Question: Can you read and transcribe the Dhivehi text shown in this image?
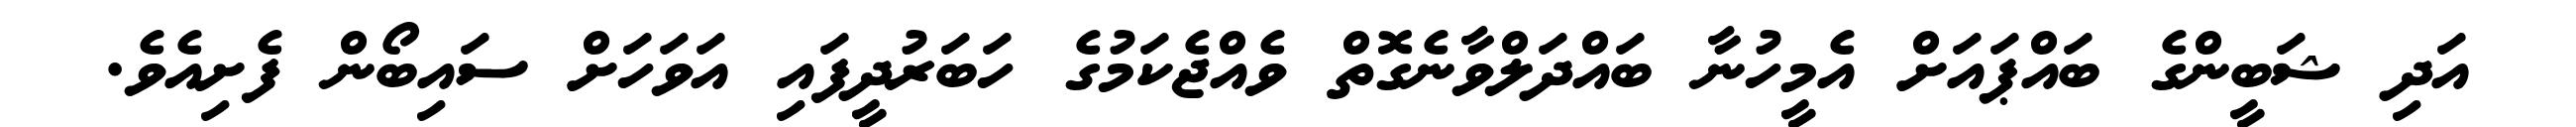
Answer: އަދި ޝަބީންގެ ބައްޕައަށް އެމީހުނާ ބައްދަލްވާނެގޮތް ވެއްޖެކަމުގެ ހަބަރުދީފައި އަވަހަށް ސައިބޯން ފެށިއެވެ.